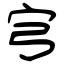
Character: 宆